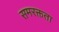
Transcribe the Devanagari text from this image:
समरक्तता